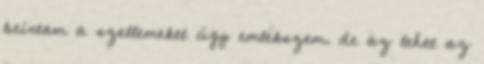
beírtam a szellemeket úgy emlékszem. de az lehet az